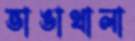
ভাঙাথালা